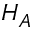
H _ { A }